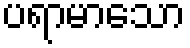
ပရာမာသော